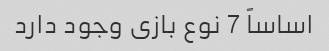
اساساً 7 نوع بازی وجود دارد